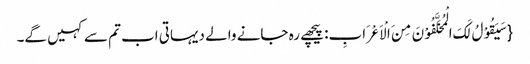
{سَیَقُوْلُ لَکَ الْمُخَلَّفُوْنَ مِنَ الْاَعْرَابِ: پیچھے رہ جانے والے دیہاتی اب تم سے کہیں گے۔